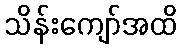
သိန်းကျော်အထိ